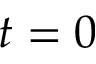
t = 0